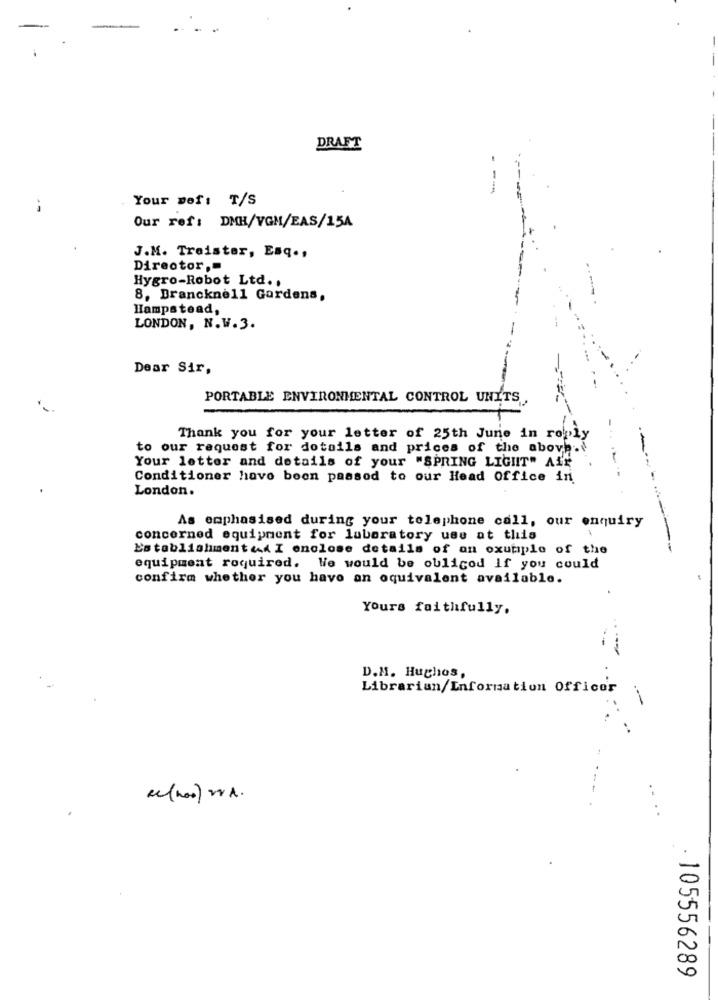
DRAFT
Your Def: T/S
Our ref: DMH/VGM/EAS/154
J.M. Treister, Esq .,
Director ,-
Hygro-Robot Ltd .,
8, Brancknell Gardens,
Hampstead,
LONDON, N.W.3.
Dear Sir,
PORTABLE ENVIRONMENTAL CONTROL UNITS.
Thank you for your letter of 25th June in reply
to our request for details and prices of the above .
.-*
Your letter and details of your "SPRING LIGHT" Air
Conditioner have been passed to our Head Office in
London.
As emphasised during your telephone call, our enquiry
concerned equipment for laboratory use at this
Establishmented I enclose details of an oxumple of the
-
equipment roquired. We would be obliged If you could
confirm whether you have an equivalent available.
Yours faithfully,
D.H. Hughos,
Librarian/Information Officer
,
Re(not) WA.
105556289